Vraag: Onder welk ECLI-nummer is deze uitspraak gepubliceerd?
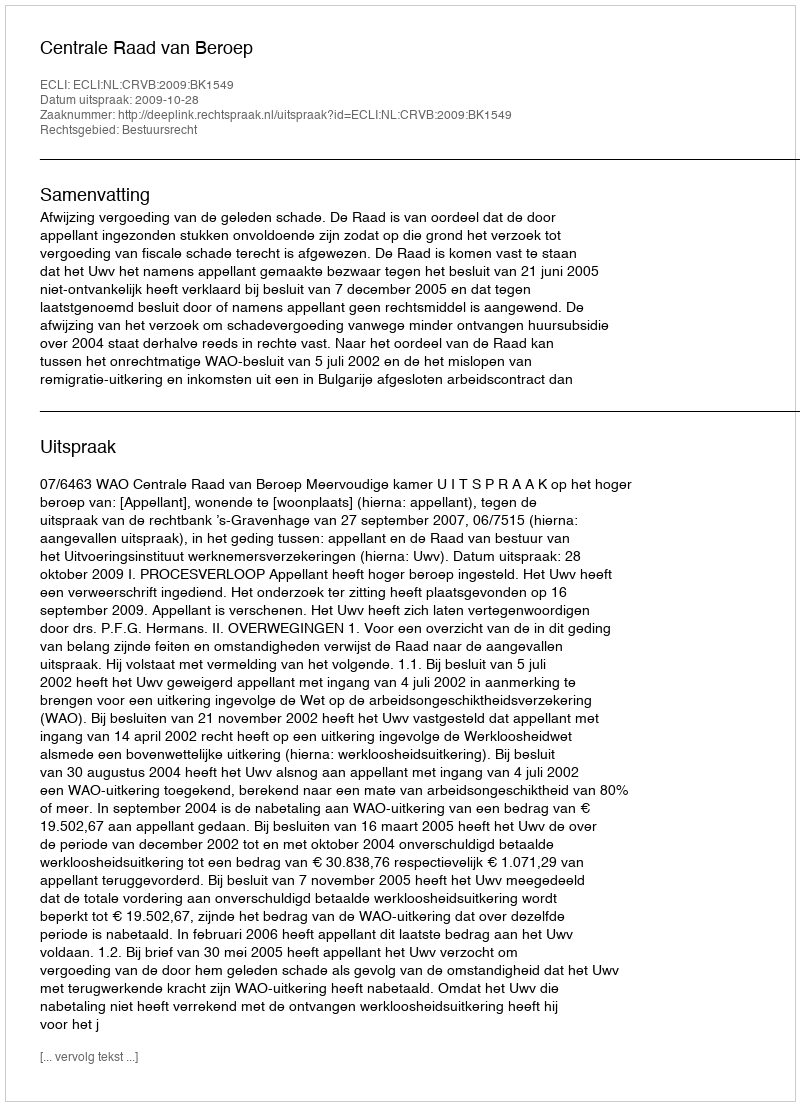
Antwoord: ECLI:NL:CRVB:2009:BK1549